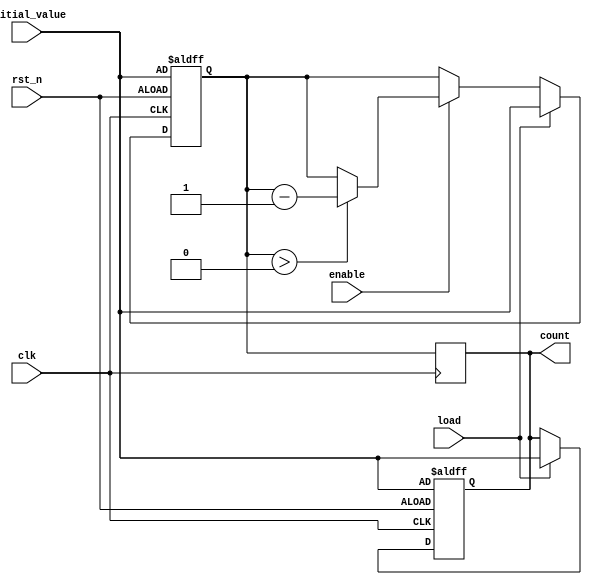
module memory_blocks_down_counter #(
    parameter WIDTH = 8 // Define width of the counter
)(
    input wire clk,           // Clock signal
    input wire rst_n,        // Asynchronous active-low reset
    input wire enable,       // Enable signal
    input wire load,         // Load signal for new initial value
    input wire [WIDTH-1:0] initial_value, // Initial value input
    output reg [WIDTH-1:0] count // Current count output
);

    // Internal signal to hold the value
    reg [WIDTH-1:0] memory_block;

    // Asynchronous reset or loading
    always @(posedge clk or negedge rst_n) begin
        if (!rst_n) begin
            memory_block <= initial_value; // Load initial value on reset
            count <= initial_value;        // Set current count to initial value
        end else if (load) begin
            memory_block <= initial_value; // Load new initial value
            count <= initial_value;        // Update the current count
        end else if (enable) begin
            if (memory_block > 0) begin
                memory_block <= memory_block - 1; // Decrement count
            end
        end
    end

    // Update the count output
    always @(posedge clk) begin
        count <= memory_block; // Assign memory block to output
    end

endmodule